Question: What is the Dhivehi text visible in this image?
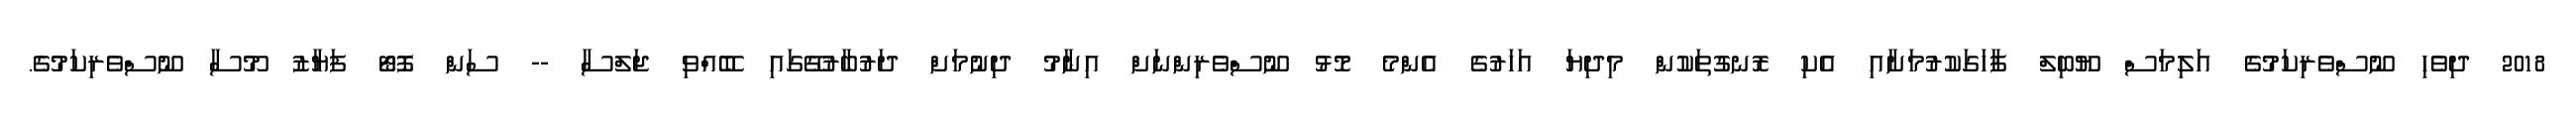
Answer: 2018 ދިވެހި ނޫސްވެރިކަމުގެ އަލިމަސް ޔޫބިލް ފާހަގަކުރުމަށާއި އެކި ރޮނގުތަކުން މިދިޔަ އަހަރުގެ އެންމެ މޮޅު ނޫސްވެރިންނަށް އިނާމު ދިނުމަށް ދަރުބާރުގޭގައި ބޭއްވި ޖަލްސާ -- ސަން ފޮޓޯ ފަޔާޒު މޫސާ ނޫސްވެރިކަމުގެ.